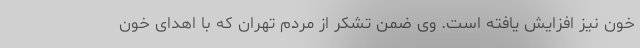
خون نیز افزایش یافته است. وی ضمن تشکر از مردم تهران که با اهدای خون